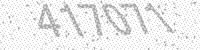
Solution: 417071